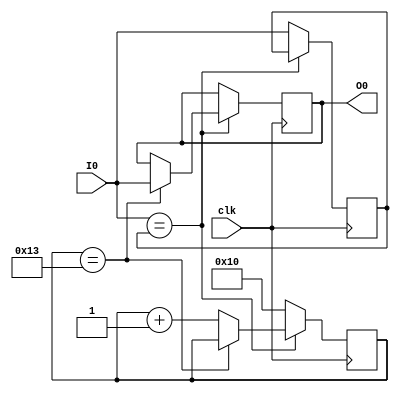
`timescale 1ns / 1ps
//////////////////////////////////////////////////////////////////////////////////
// Company: 
// Engineer: 
// 
// Design Name: 
// Module Name: debouncer
// Project Name: 
// Target Devices: 
// Tool Versions: 
// Description: 
// 
// Dependencies: 
// 
// Revision:
// Revision 0.01 - File Created
// Additional Comments:
// 
//////////////////////////////////////////////////////////////////////////////////


module debouncer(
    input clk,
    input I0,
    output reg O0
    );
    
    reg [4:0]cnt0;
    reg Iv0=0;
    reg out0;
    
always@(posedge(clk))begin
    if (I0==Iv0)begin
        if (cnt0==19)O0<=I0;
        else cnt0<=cnt0+1;
      end
    else begin
        cnt0<="00000";
        Iv0<=I0;
    end
    end
endmodule